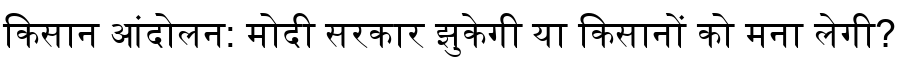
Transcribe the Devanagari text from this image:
किसान आंदोलन: मोदी सरकार झुकेगी या किसानों को मना लेगी?